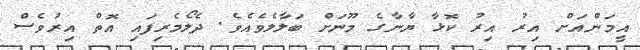
އީމަންއަށް އިރު އިރު ކޮޅާ ޔާނާގެ މޫނަށް ބަލާލެވެއެވެ. ދެލޯމެރިފައި އޮތް އިރުވެސް